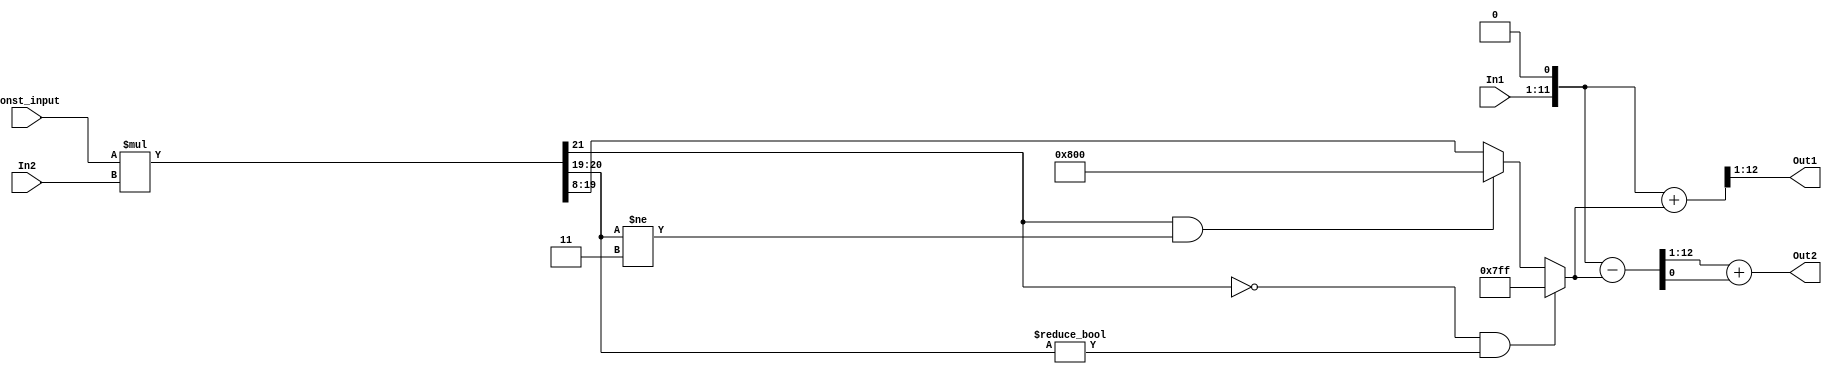
// -------------------------------------------------------------
// 
// 
// Generated by MATLAB 9.4 and HDL Coder 3.12
// 
// -------------------------------------------------------------


// -------------------------------------------------------------
// 
// Module: FirthStage
// Source Path: FFTscheme2/FFTv2/Butterflies/128 input 5 step  /FirthStage 
// Hierarchy Level: 3
// 
// -------------------------------------------------------------

`timescale 1 ns / 1 ns

module FirthStage
          (In1,
           In2,
           Const_input,
           Out1,
           Out2);


  input   signed [10:0] In1;  // sfix11_En3
  input   signed [10:0] In2;  // sfix11_En3
  input   signed [10:0] Const_input;  // sfix11_En9
  output  signed [11:0] Out1;  // sfix12_En3
  output  signed [11:0] Out2;  // sfix12_En3


  wire signed [21:0] Product_mul_temp;  // sfix22_En12
  wire signed [11:0] Product_out1;  // sfix12_En4
  wire signed [12:0] Sum_add_cast;  // sfix13_En4
  wire signed [12:0] Sum_add_cast_1;  // sfix13_En4
  wire signed [12:0] Sum_add_temp;  // sfix13_En4
  wire signed [11:0] Sum_out1;  // sfix12_En3
  wire signed [12:0] Sum1_sub_cast;  // sfix13_En4
  wire signed [12:0] Sum1_sub_cast_1;  // sfix13_En4
  wire signed [12:0] Sum1_sub_temp;  // sfix13_En4
  wire signed [11:0] Sum1_out1;  // sfix12_En3


  assign Product_mul_temp = Const_input * In2;
  assign Product_out1 = ((Product_mul_temp[21] == 1'b0) && (Product_mul_temp[20:19] != 2'b00) ? 12'sb011111111111 :
              ((Product_mul_temp[21] == 1'b1) && (Product_mul_temp[20:19] != 2'b11) ? 12'sb100000000000 :
              $signed(Product_mul_temp[19:8])));



  assign Sum_add_cast = {In1[10], {In1, 1'b0}};
  assign Sum_add_cast_1 = {Product_out1[11], Product_out1};
  assign Sum_add_temp = Sum_add_cast + Sum_add_cast_1;
  assign Sum_out1 = Sum_add_temp[12:1];



  assign Out1 = Sum_out1;

  assign Sum1_sub_cast = {In1[10], {In1, 1'b0}};
  assign Sum1_sub_cast_1 = {Product_out1[11], Product_out1};
  assign Sum1_sub_temp = Sum1_sub_cast - Sum1_sub_cast_1;
  assign Sum1_out1 = Sum1_sub_temp[12:1] + $signed({1'b0, Sum1_sub_temp[0]});



  assign Out2 = Sum1_out1;

endmodule  // FirthStage